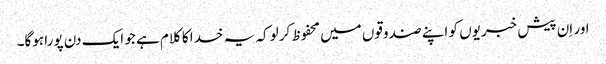
اور اِن پیش خبریوں کو اپنے صندوقوں میں محفوظ کرلو کہ یہ خدا کا کلام ہے جو ایک دن پورا ہوگا۔